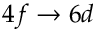
4 f \rightarrow 6 d